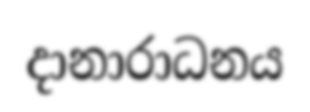
දානාරාධනය